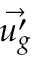
\vec { u _ { g } ^ { \prime } }